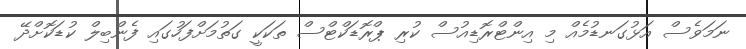
ނަމަވެސް އަޅުގަނޑުމެއް މި އިންޓްރޮޑިއުސް ކުރި ޕްރޮޑަކްޓްސް ތަކަކީ ގަތުމަށްފަހުގައި ފެންބިލް ކުޑަކޮށްދޭ